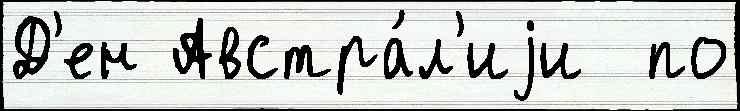
Д'ен Австра́л'иjи  по